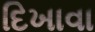
દિખાવા